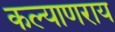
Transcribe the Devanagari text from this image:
कल्याणराय